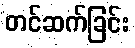
တင်ဆက်ခြင်း